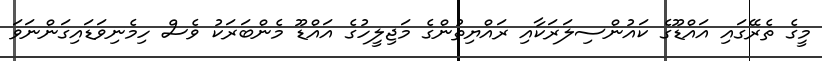
މީގެ ތެރޭގައި އައްޑޫގެ ކައުންސިލަރަކާއި ރައްޔިތުންގެ މަޖިލީހުގެ އައްޑޫ މެންބަރަކު ވެސް ހިމެނިވަޑައިގަންނަވަ